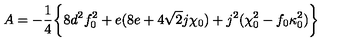
A = - { \frac { 1 } { 4 } } \biggl \{ 8 d ^ { 2 } f _ { 0 } ^ { 2 } + e ( 8 e + 4 \sqrt 2 j \chi _ { 0 } ) + j ^ { 2 } ( \chi _ { 0 } ^ { 2 } - f _ { 0 } \kappa _ { 0 } ^ { 2 } ) \biggr \}